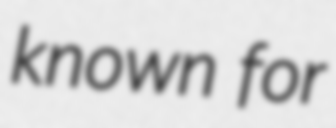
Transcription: known for